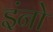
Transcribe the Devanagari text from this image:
इंनो